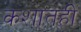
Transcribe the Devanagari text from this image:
कशातही